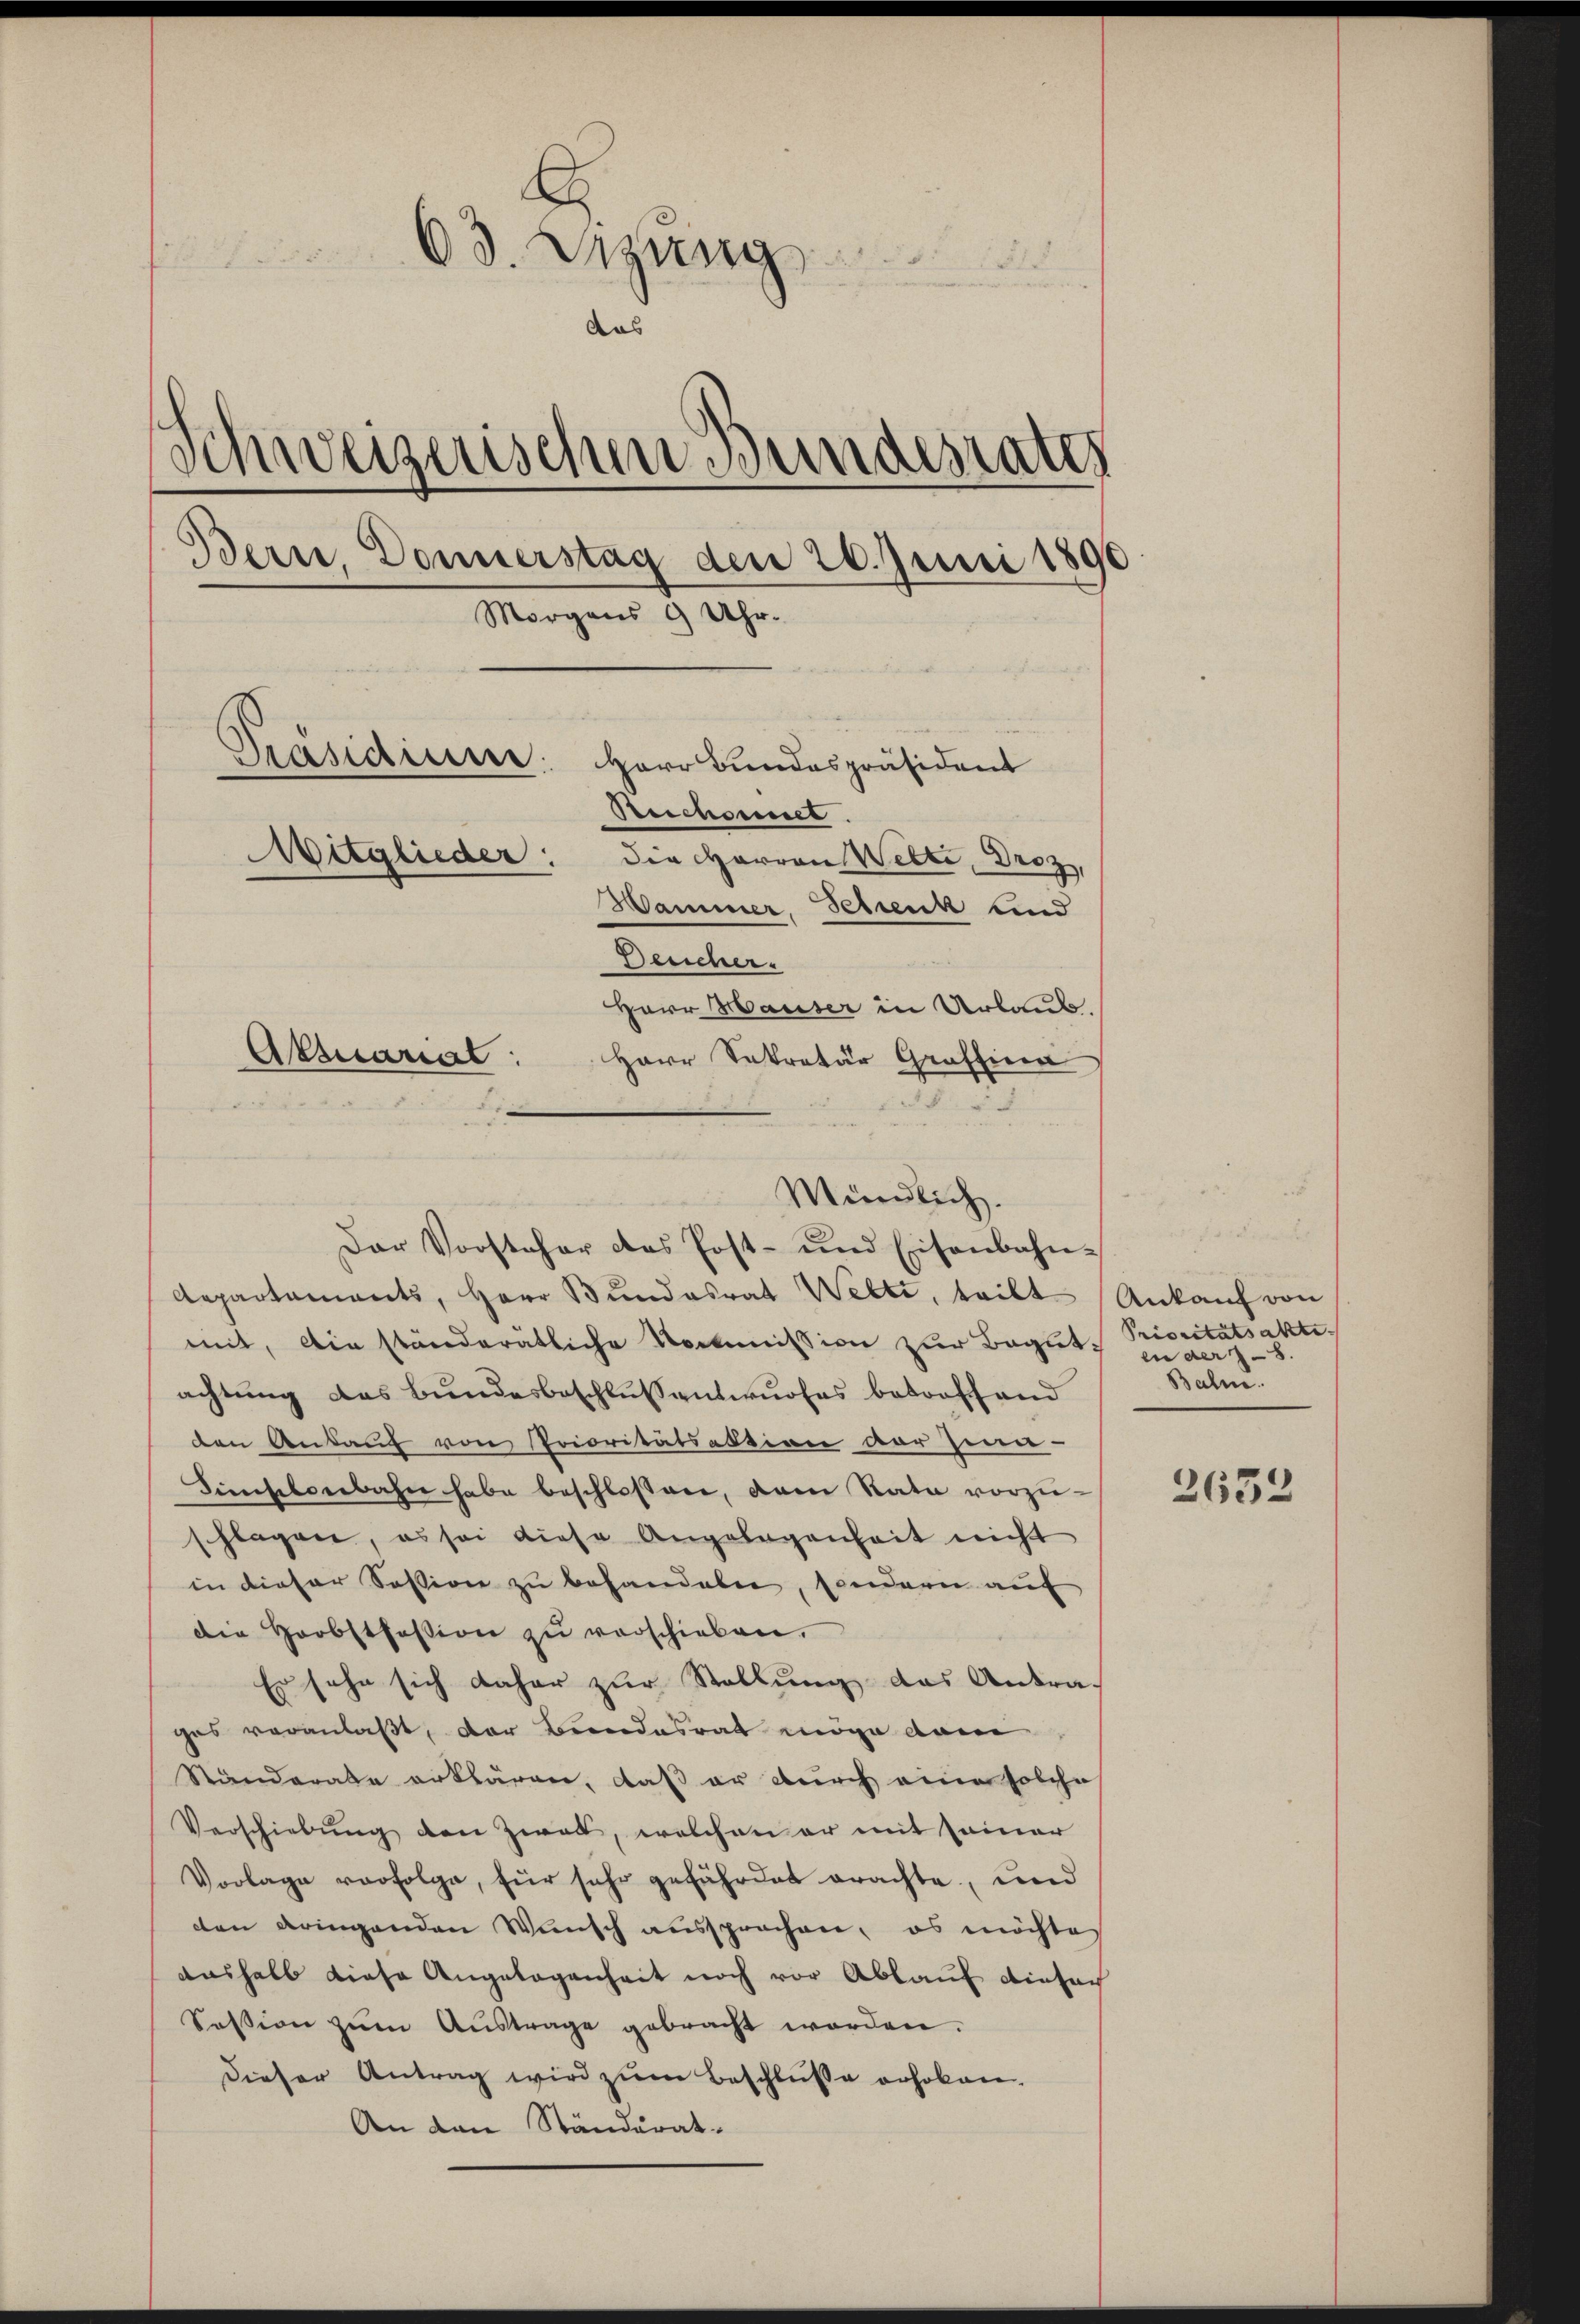
63. Sitzung
aas
Schweizerischen Bundesrates
Bern, Donnerstag den 20. Juni 1890
Morgens 9 Uhr.
Präsidiume: Herr Bundespräsident
Reichsener.
Mitglieder: die Herren Wette, Droz,
Hammer, Schenk und
Deucher.
Herr Hauser in Urlaub.
Aktuariat:
Herr Sekretär Graffina

Aepartaments, Herr Bŭndesrat Welti, teilt Ankauf von
mit, die ständerätliche Kommission zur Begutachtung das Bundesbeschlussentwurfes betroffend
den Ankauf von Prioritätsaktion vor Zinn-
Finsloebahn habe beschlossen, dem Rata vorzu-
flagen, es sei diese Angelegenheit nicht
in dieser Session zu behandeln, sondern auf
die Herbstfession zŭ verschieben.
Es sehe sich daher zur Stellung das Antrages veranlaßt, der Bundesrat möge dam
Ständerate erklären, daß er durch eine solche
Verschiebŭng den Zwei, welchen er mit seiner
Vorlage verfolge, für sehr gefährdet erachte, und
den dringenden Wunsch aussprachen, es möchtes
aushalb diese Angelegenheit noch vor Ablauf einfach
Session zŭm Aŭstrage gebracht worden.
Dieser Antrag wird zum Beschluße erhoben,
An den Ständerat-

Mündlich.
Dar Vorsteher das Post- und Eisenbahn-

Prioritätsakti
en der 8.
Baln.

2632